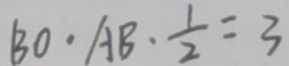
B O \cdot A B \cdot \frac { 1 } { 2 } = 3